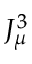
J _ { \mu } ^ { 3 }